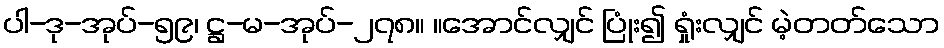
ပါ-ဒု-အုပ်-၅၉၊ ဋ္ဌ-မ-အုပ်-၂၇၈။ ။အောင်လျှင် ပြုံး၍ ရှုံးလျှင် မဲ့တတ်သော